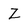
Character: Z